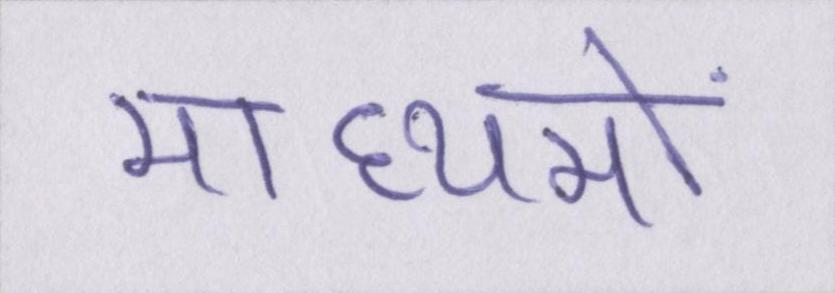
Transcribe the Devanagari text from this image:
माध्यमों